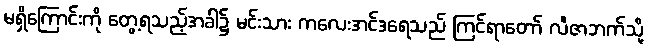
မရှိကြောင်းကို တွေ့ရသည့်အခါ၌ မင်းသား ကလေးအင်ဒရေသည် ကြင်ရာတော် လီဇာဘက်သို့